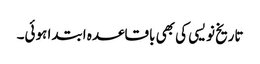
تاریخ نویسی کی بھی باقاعدہ ابتدا ہوئی۔